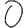
Digit: 0